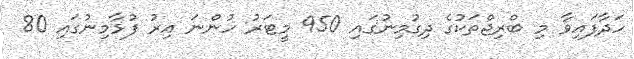
ހަދާފައިވާ މި ބްރިޖްތަކުގެ ދިގުމިނުގައި 950 މީޓަރު ހުންނަ އިރު ފުޅާމިނުގައި 80